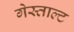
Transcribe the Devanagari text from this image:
गेस्ताल्ट